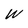
Character: W